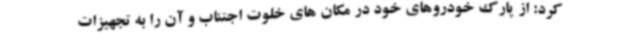
کرد: از پارک خودروهای خود در مکان های خلوت اجتناب و آن را به تجهیزات